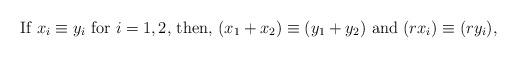
LaTeX: \begin{align*}\textrm{If } x_i \equiv y_i \textrm{ for $i=1,2$, then, $(x_1+x_2)\equiv (y_1+y_2)$ and $(rx_i)\equiv (ry_i)$,}\end{align*}